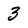
Character: 3